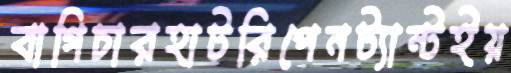
বাগিচারহাটরিপেনট্যান্টইয়